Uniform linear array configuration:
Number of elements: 16
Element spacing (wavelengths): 1
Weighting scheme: hamming
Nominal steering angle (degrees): -45
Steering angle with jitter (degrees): -44.286
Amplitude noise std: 0.05
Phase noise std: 0.05

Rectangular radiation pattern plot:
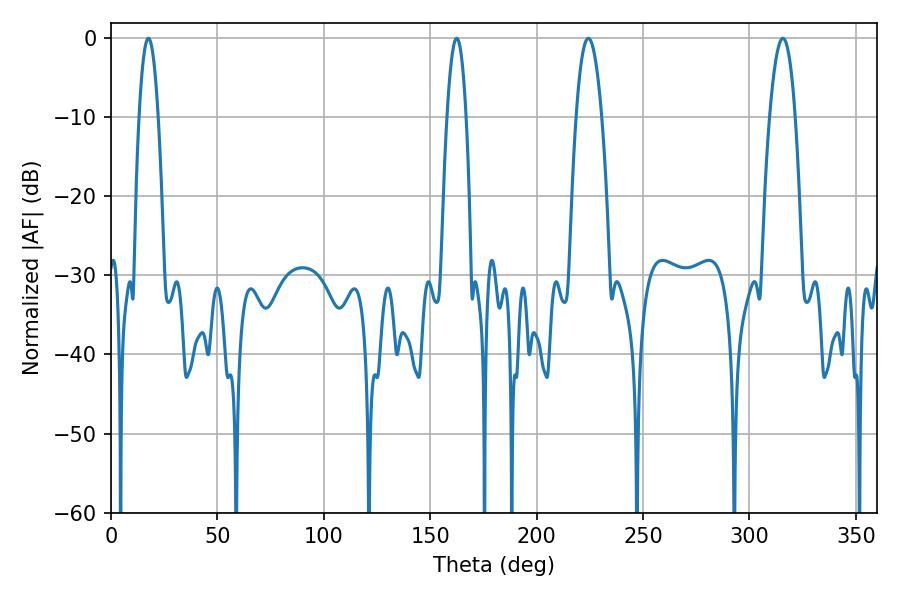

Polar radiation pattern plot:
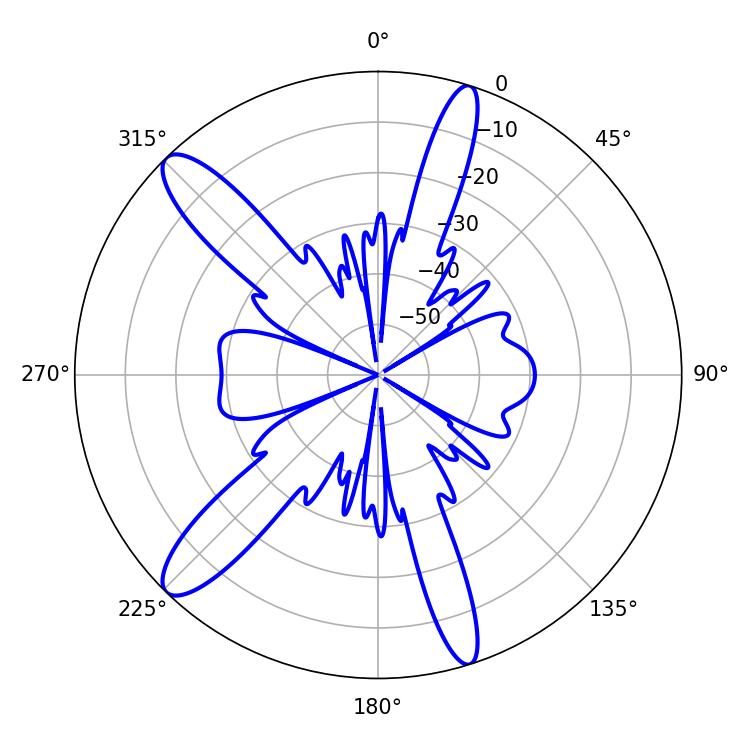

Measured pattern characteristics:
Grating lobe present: TRUE
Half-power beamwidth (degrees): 6.66
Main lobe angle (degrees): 224.28